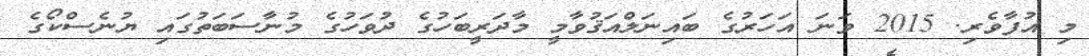
މި އުފާވެރި. 2015 ވަނަ އަހަރުގެ ބައިނަލްއަޤުވާމީ މާދަރީބަހުގެ ދުވަހުގެ މުނާސަބަތުގައި ޔުނެސްކޯގެ